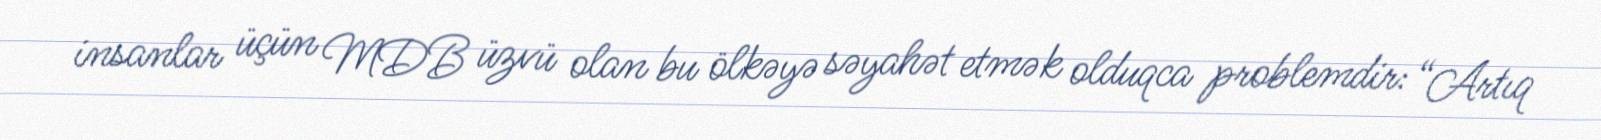
insanlar üçün MDB üzvü olan bu ölkəyə səyahət etmək olduqca problemdir: “Artıq